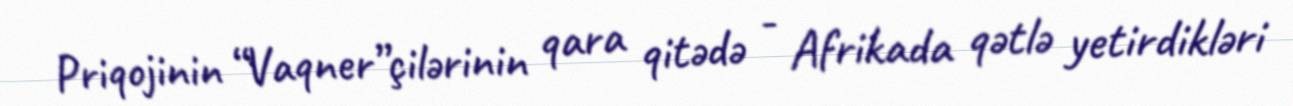
Priqojinin “Vaqner”çilərinin qara qitədə - Afrikada qətlə yetirdikləri